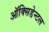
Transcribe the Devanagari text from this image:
ऑक्सिडेन्टल